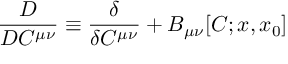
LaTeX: \frac { D } { D C ^ { \mu \nu } } \equiv \frac { \delta } { \delta C ^ { \mu \nu } } + B _ { \mu \nu } [ C ; x , x _ { 0 } ]